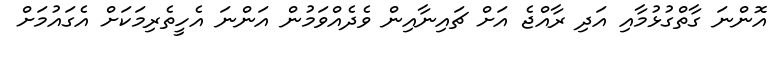
އޮންނަ ގާތްގުޅުމާއި އަދި ރާއްޖެ އަށް ޗައިނާއިން ވެދެއްވަމުން އަންނަ އެހީތެރިމަކަށް އެގައުމަށް